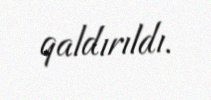
qaldırıldı.